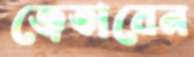
জেতাবেন